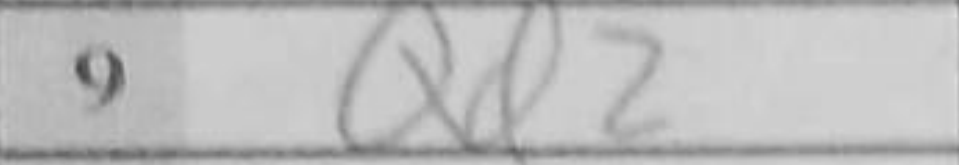
Transcription: Qd2